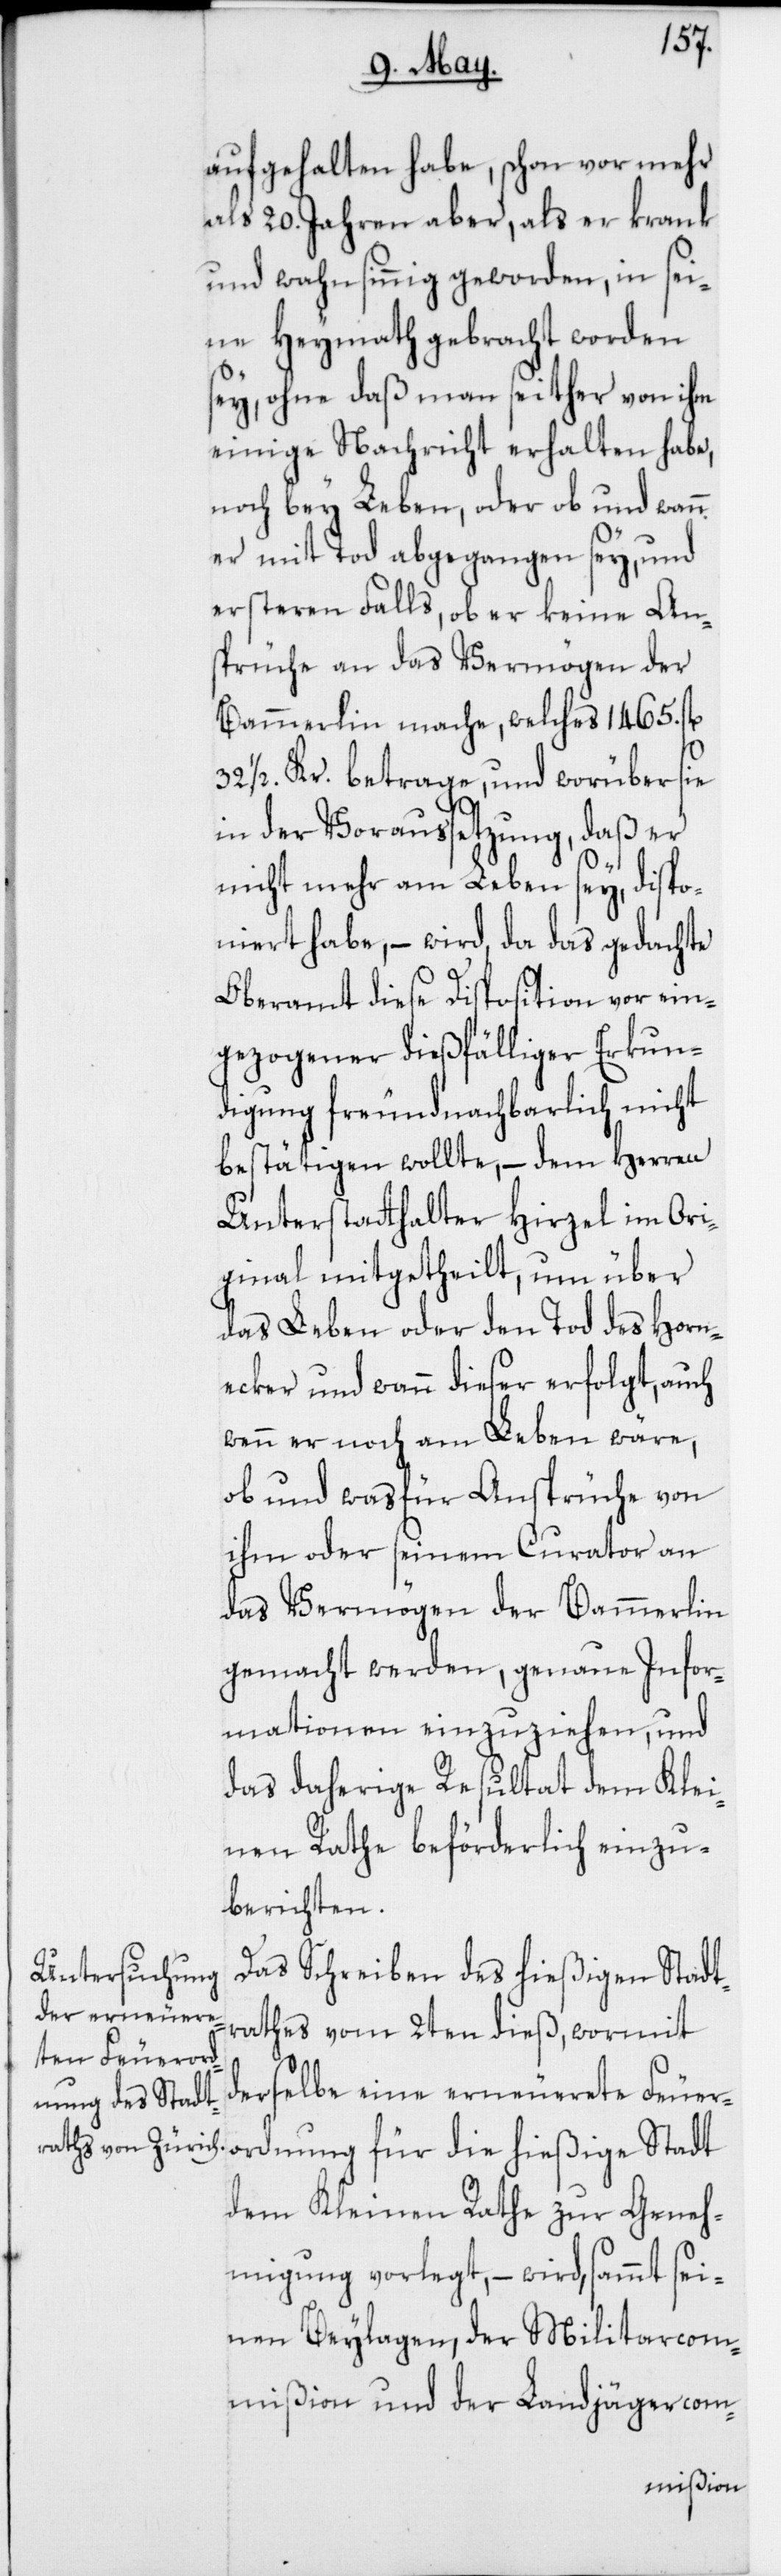
ordnung
aufgehalten habe, schon vor mehr
als 20. Jahren aber, als er krank
und wahnsinnig geworden, in sei¬
ne Heymath gebracht worden
sey, ohne daß man seither von ihm
einige Nachricht erhalten habe,
noch bey Leben, oder ob und wann
er mit Tod abgegangen sey, und
ersteren Falls, ob er keine An¬
sprüche an das Vermögen der
Bammerlin mache, welches 1465. fl.
32 1/2 Kr. betrage, und worüber sie
in der Voraussetzung, daß er
nicht mehr am Leben sey, dispo¬
niert habe, – wird, da das gedachte
Oberamt diese Disposition vor ein¬
gezogener dießfälliger Erkun¬
digung freundnachbarlich nicht
bestätigen wollte, – dem Herren
Unterstatthalter Hirzel im Ori¬
ginal mitgetheilt, um über
das Leben oder den Tod des Horn¬
ecker und wann dieser erfolgt, auch
wenn er noch am Leben wäre,
ob und was für Ansprüche von
ihm oder seinem Curator an
das Vermögen der Bammerlin
gemacht werden, genaue Infor¬
mationen einzuziehen, und
das daherige Resultat dem Klei¬
nen Rathe beförderlich einzu¬
berichten.
Das Schreiben des hießigen Stadt¬
rathes vom 2ten dieß, wormit
derselbe eine erneuerete Feuer¬
dem Kleinen Rathe zur Geneh¬
migung vorlegt, – wird sammt sei¬
nen Beylagen der Militarcom¬
mißion und der Landjägercom-